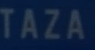
TAZA